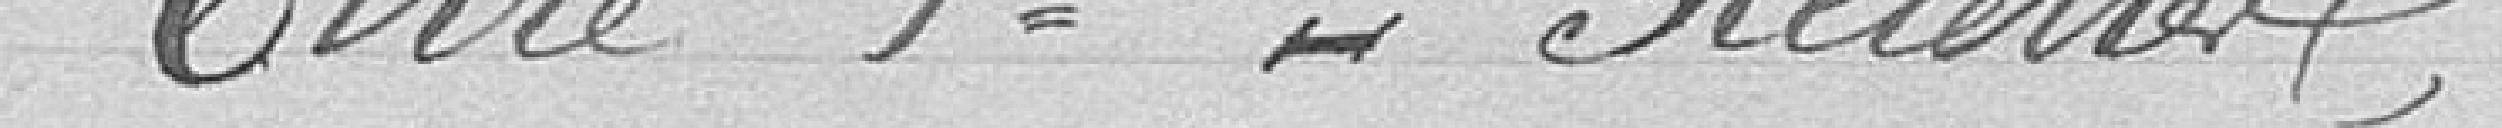
Titre 1er Recettes